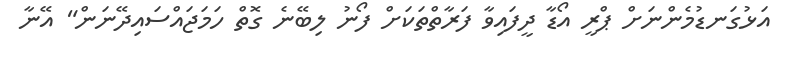
އަޅުގަނޑުމެންނަށް ޕްރީ އޯޑާ ދީފައިވާ ފަރާތްތަކަށް ފޯނު ލިބޭނެ ގޮތް ހަމަޖައްސައިދޭނަން" އޭނާ